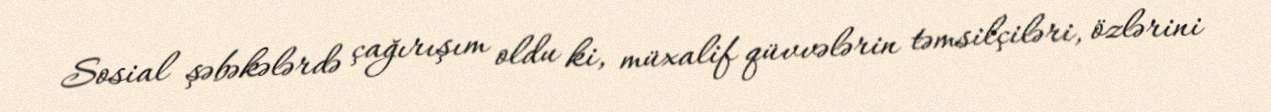
Sosial şəbəkələrdə çağırışım oldu ki, müxalif qüvvələrin təmsilçiləri, özlərini